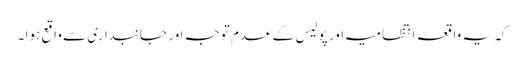
کہ یہ واقعہ انتظامیہ اور پولیس کے عدم توجہ اور جانبداری سے واقع ہوا ۔